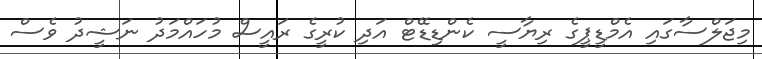
މިޖަލްސާގައި އެމްޑީޕީގެ ރިޔާސީ ކެންޑިޑޭޓް އަދި ކުރީގެ ރައީސް މުހައްމަދު ނަޝީދު ވެސް